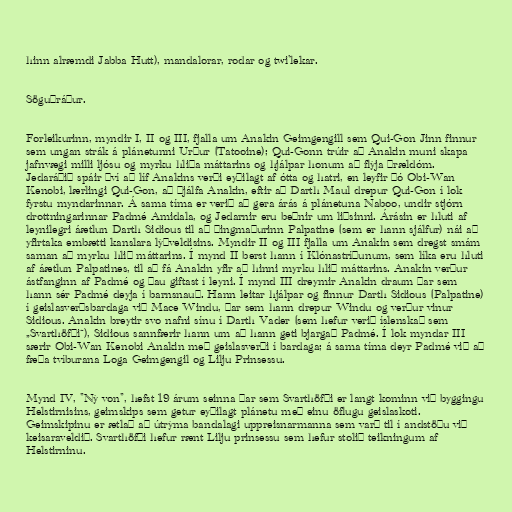
hinn alræmdi Jabba Hutt), mandalorar, rodar og twi'lekar.

Söguþráður.

Forleikurinn, myndir I, II og III, fjalla um Anakin Geimgengill sem Qui-Gon Jinn finnur
sem ungan strák á plánetunni Urður (Tatooine); Qui-Gonn trúir að Anakin muni skapa
jafnvægi milli ljósu og myrku hliða máttarins og hjálpar honum að flýja þrældóm.
Jedaráðið spáir því að líf Anakins verði eyðilagt af ótta og hatri, en leyfir þó Obi-Wan
Kenobi, lærlingi Qui-Gon, að þjálfa Anakin, eftir að Darth Maul drepur Qui-Gon í lok
fyrstu myndarinnar. Á sama tíma er verið að gera árás á plánetuna Naboo, undir stjórn
drottningarinnar Padmé Amidala, og Jedarnir eru beðnir um liðsinni. Árásin er hluti af
leynilegri áætlun Darth Sidious til að þingmaðurinn Palpatine (sem er hann sjálfur) nái að
yfirtaka embætti kanslara lýðveldisins. Myndir II og III fjalla um Anakin sem dregst smám
saman að myrku hlið máttarins. Í mynd II berst hann í Klónastríðunum, sem líka eru hluti
af áætlun Palpatines, til að fá Anakin yfir að hinni myrku hlið máttarins. Anakin verður
ástfanginn af Padmé og þau giftast í leyni. Í mynd III dreymir Anakin draum þar sem
hann sér Padmé deyja í barnsnauð. Hann leitar hjálpar og finnur Darth Sidious (Palpatine)
í geislasverðsbardaga við Mace Windu, þar sem hann drepur Windu og verður vinur
Sidious. Anakin breytir svo nafni sínu í Darth Vader (sem hefur verið íslenskað sem
„Svarthöfði“), Sidious sannfærir hann um að hann geti bjargað Padmé. Í lok myndar III
særir Obi-Wan Kenobi Anakin með geislasverði í bardaga; á sama tíma deyr Padmé við að
fæða tvíburana Loga Geimgengil og Lilju Prinsessu.

Mynd IV, "Ný von", hefst 19 árum seinna þar sem Svarthöfði er langt kominn við byggingu
Helstirnisins, geimskips sem getur eyðilagt plánetu með einu öflugu geislaskoti.
Geimskipinu er ætlað að útrýma bandalagi uppreisnarmanna sem varð til í andstöðu við
keisaraveldið. Svarthöfði hefur rænt Lilju prinsessu sem hefur stolið teikningum af
Helstirninu.